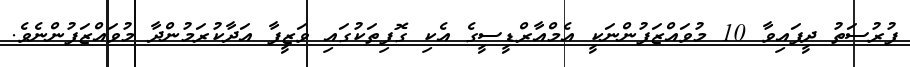
ފުރުސަތު ދީފައިވާ 10 މުވައްޒަފުންނަކީ އެމްއާރްޑީސީގެ އެކި ގޮފިތަކުގައި ވަޒީފާ އަދާކުރަމުންދާ މުވައްޒަފުންނެވެ.